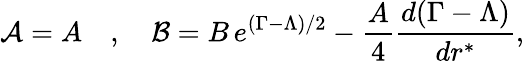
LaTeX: {\cal{A}}=A\quad,\quad{\cal{B}}=B\, e^{(\Gamma-\Lambda)/2}-\frac{A}{4}\frac{d(\Gamma-\Lambda)}{dr^{*}},